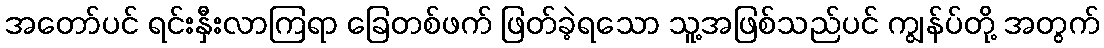
အတော်ပင် ရင်းနှီးလာကြရာ ခြေတစ်ဖက် ဖြတ်ခဲ့ရသော သူ့အဖြစ်သည်ပင် ကျွန်ပ်တို့ အတွက်